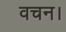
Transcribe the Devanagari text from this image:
वचन।